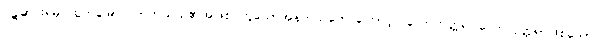
ဝဋ်ဆင်းရဲမှ ထွက်မြောက်တတ်သည်၏အဖြစ် ဟူသောအနက်သဘောကြောင့်။ လောကုတ္တရ၊ လောကုတ္တရာဖြစ်သော။